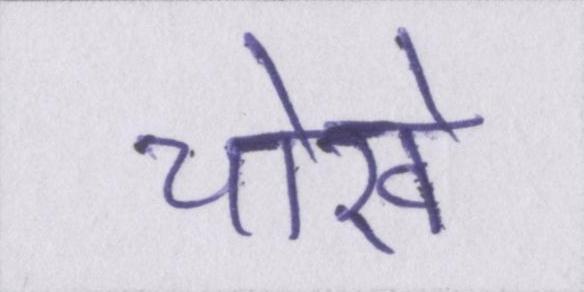
चोखे